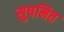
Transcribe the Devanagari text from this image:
सुषमित